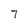
Character: 7